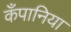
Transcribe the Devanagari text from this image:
कँपानिया